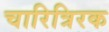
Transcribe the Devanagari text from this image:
चारित्रिरक